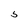
Character: 5